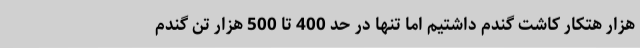
هزار هتکار کاشت گندم داشتیم اما تنها در حد 400 تا 500 هزار تن گندم